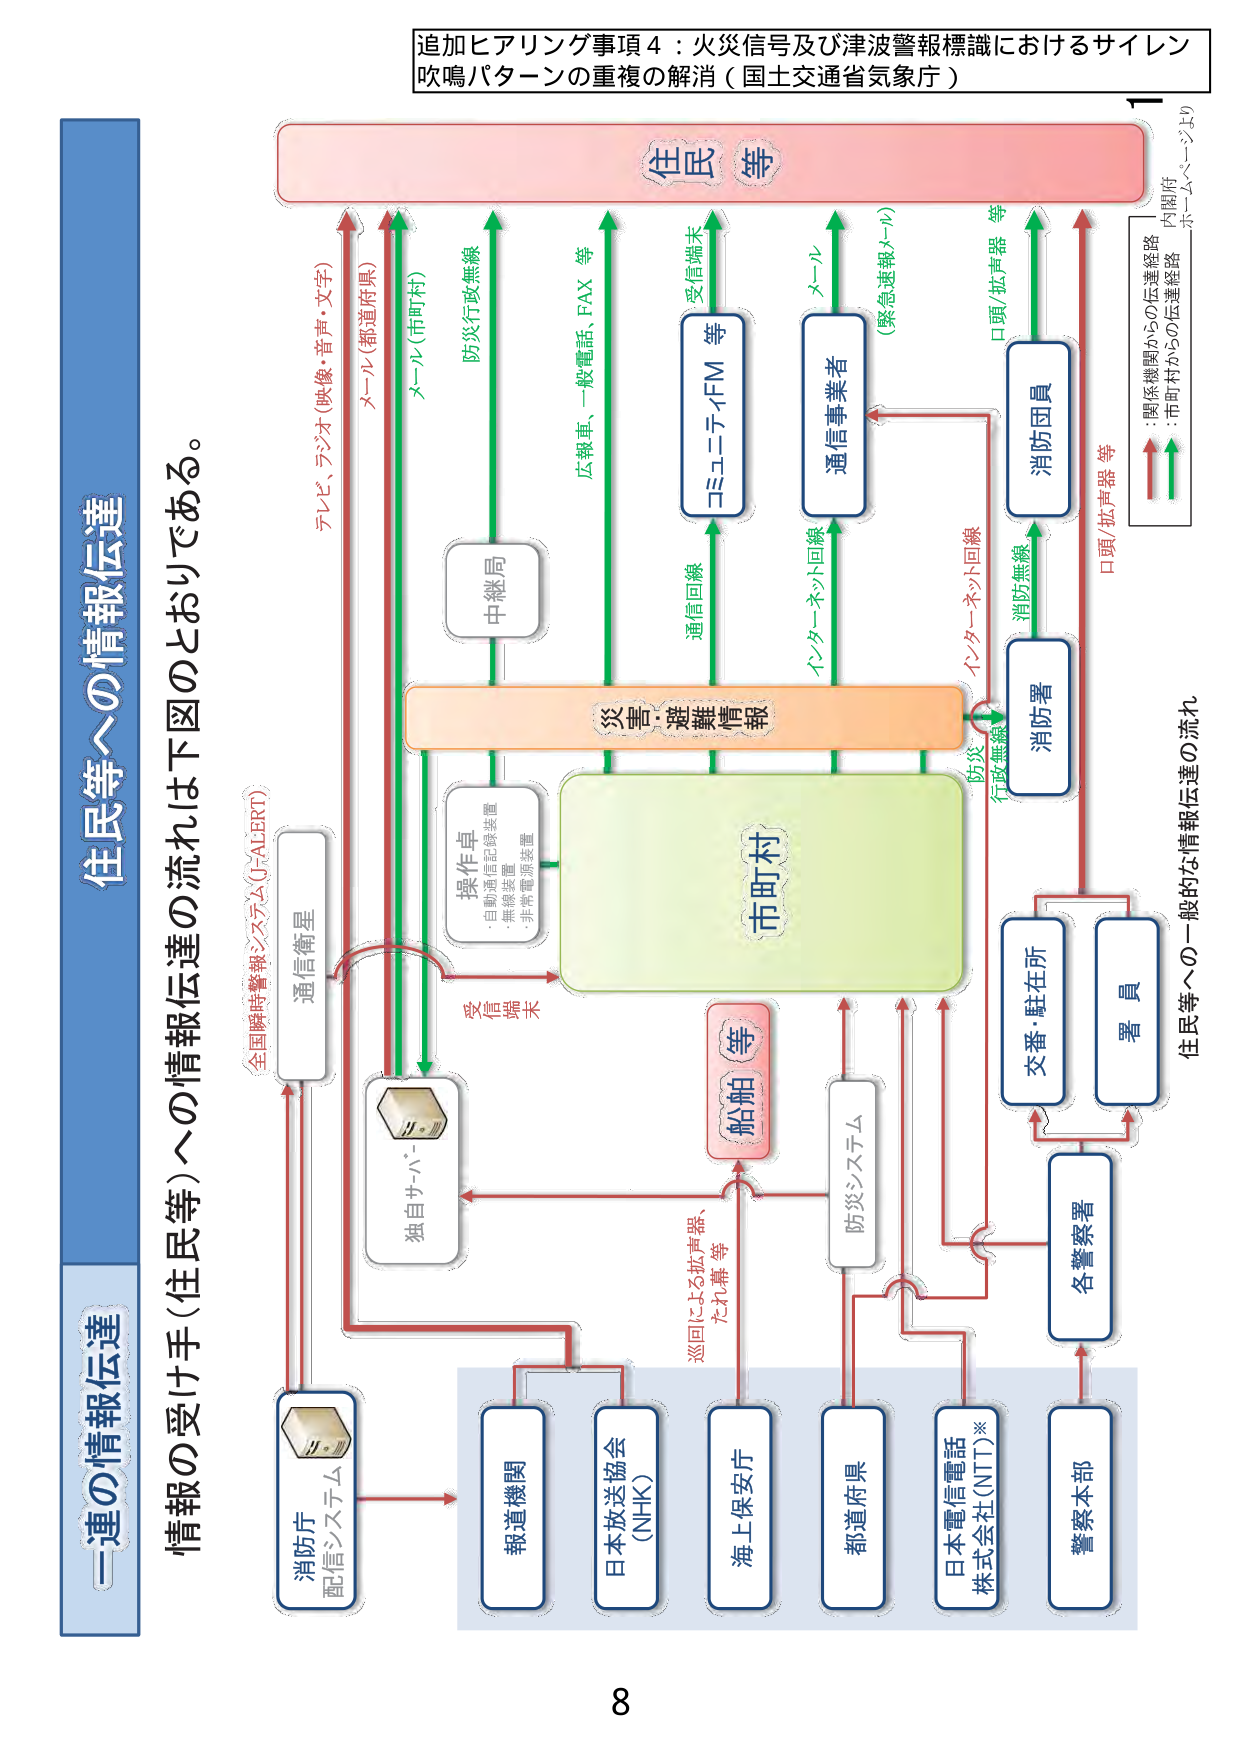
追加ヒアリング事項４：火災信号及び津波警報標識におけるサイレン吹鳴パターンの重複の解消（国土交通省気象庁）

住民等

住民等への情報伝達

情報の受け手（住民等）への情報伝達の流れは下図のとおりである。

一連の情報伝達

全国瞬時警報システム（J-ALERT）

通信衛星

独自サーバー

操作卓
・自動通信記録装置
・無線装置
・非常電源装置

災害・避難情報

市町村

防災・行政無線

中継局

テレビ、ラジオ（映像・音声・文字）
メール（都道府県）
メール（市町村）
防災行政無線
広報車、一般電話、FAX 等
コミュニティFM 等
通信回線
受信端末
メール
（緊急速報メール）
通信事業者
インターネット回線
消防無線
消防団員
口頭／拡声器 等
消防署
防災
行政無線
インターネット回線
口頭／拡声器 等
交番・駐在所
署員
各警察署
警察本部

防災システム

船舶等

巡回による拡声器、
たれ幕等

消防庁
配信システム

報道機関
日本放送協会
（NHK）
海上保安庁
都道府県
日本電信電話
株式会社（NTT）※

関係機関からの伝達経路
市町村からの伝達経路
内閣府
ホームぺージより

住民等への一般的な情報伝達の流れ

8